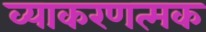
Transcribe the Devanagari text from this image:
व्याकरणत्मक